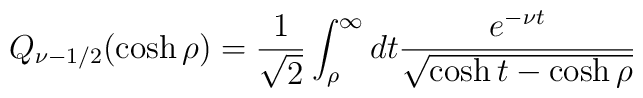
Q_{\nu-1/2}(\cosh\rho)=\frac1{\sqrt{2}}\int^\infty_\rho dt\frac{e^{-\nu t}}{\sqrt{\cosh t-\cosh\rho}}